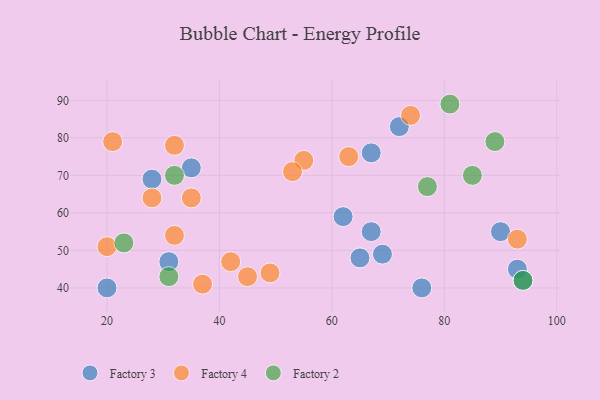
{"axis": {"x": "GDP", "y": "Life Expectancy"}, "legend": ["Factory 2", "Factory 3", "Factory 4"], "data": [{"x": "31", "y": 47, "type": "Factory 3"}, {"x": "28", "y": 69, "type": "Factory 3"}, {"x": "35", "y": 72, "type": "Factory 3"}, {"x": "90", "y": 55, "type": "Factory 3"}, {"x": "65", "y": 48, "type": "Factory 3"}, {"x": "20", "y": 40, "type": "Factory 3"}, {"x": "62", "y": 59, "type": "Factory 3"}, {"x": "76", "y": 40, "type": "Factory 3"}, {"x": "67", "y": 55, "type": "Factory 3"}, {"x": "93", "y": 45, "type": "Factory 3"}, {"x": "72", "y": 83, "type": "Factory 3"}, {"x": "94", "y": 42, "type": "Factory 3"}, {"x": "67", "y": 76, "type": "Factory 3"}, {"x": "69", "y": 49, "type": "Factory 3"}, {"x": "37", "y": 41, "type": "Factory 4"}, {"x": "20", "y": 51, "type": "Factory 4"}, {"x": "35", "y": 64, "type": "Factory 4"}, {"x": "63", "y": 75, "type": "Factory 4"}, {"x": "55", "y": 74, "type": "Factory 4"}, {"x": "93", "y": 53, "type": "Factory 4"}, {"x": "49", "y": 44, "type": "Factory 4"}, {"x": "45", "y": 43, "type": "Factory 4"}, {"x": "21", "y": 79, "type": "Factory 4"}, {"x": "32", "y": 78, "type": "Factory 4"}, {"x": "28", "y": 64, "type": "Factory 4"}, {"x": "74", "y": 86, "type": "Factory 4"}, {"x": "32", "y": 54, "type": "Factory 4"}, {"x": "53", "y": 71, "type": "Factory 4"}, {"x": "42", "y": 47, "type": "Factory 4"}, {"x": "31", "y": 43, "type": "Factory 2"}, {"x": "94", "y": 42, "type": "Factory 2"}, {"x": "85", "y": 70, "type": "Factory 2"}, {"x": "81", "y": 89, "type": "Factory 2"}, {"x": "89", "y": 79, "type": "Factory 2"}, {"x": "23", "y": 52, "type": "Factory 2"}, {"x": "77", "y": 67, "type": "Factory 2"}, {"x": "32", "y": 70, "type": "Factory 2"}]}